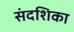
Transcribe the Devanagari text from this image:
संदशिका